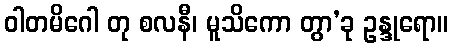
ဝါတမိဂေါ တု စလနီ၊ မူသိကော တွာ’ခု ဥန္ဒုရော။